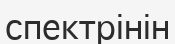
спектрінін